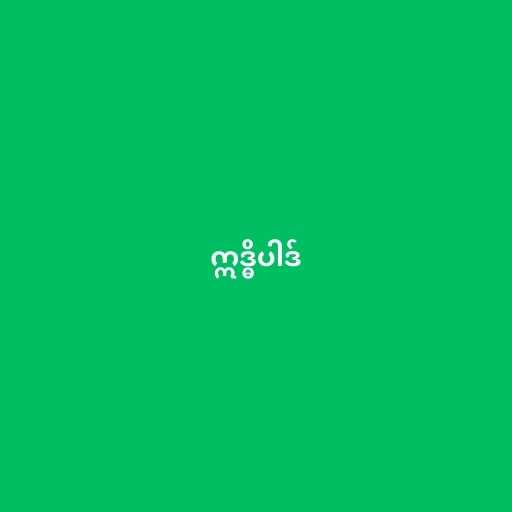
ဣဒ္ဓိပါဒ်